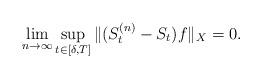
LaTeX: \begin{align*}\lim_{n \to \infty} \sup_{t \in [\delta,T]} \|(S^{(n)}_t - S_t) f\|_X = 0. \end{align*}